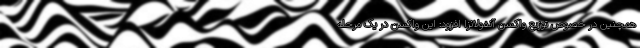
همچنین در خصوص توزیع واکسن آنفولانزا افزود: این واکسن در یک مرحله